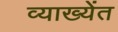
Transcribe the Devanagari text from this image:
व्याख्येंत